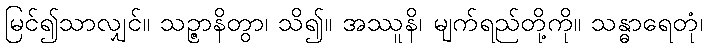
မြင်၍သာလျှင်။ သဉ္ဇာနိတွာ၊ သိ၍။ အဿူနိ၊ မျက်ရည်တို့ကို။ သန္ဓာရေတုံ၊